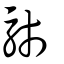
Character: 馷